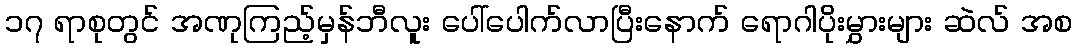
၁၇ ရာစုတွင် အဏုကြည့်မှန်ဘီလူး ပေါ်ပေါက်လာပြီးနောက် ရောဂါပိုးမွှားများ ဆဲလ် အစ